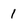
Character: 1